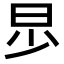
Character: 𣌤